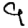
Digit: 9